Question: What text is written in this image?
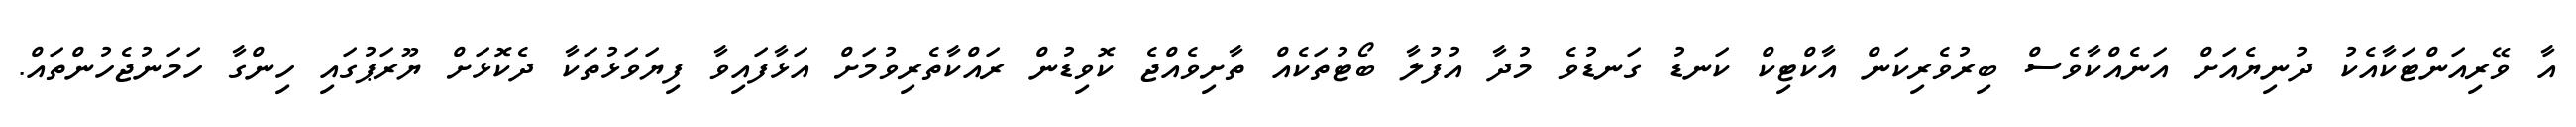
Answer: އާ ވޭރިއަންޓަކާއެކު ދުނިޔެއަށް އަނެއްކާވެސް ބިރުވެރިކަން އާކްޓިކް ކަނޑު ގަނޑުވެ މުދާ އުފުލާ ބޯޓުތަކެއް ތާށިވެއްޖެ ކޮވިޑުން ރައްކާތެރިވުމަށް އަޅާފައިވާ ފިޔަވަޅުތަކާ ދެކޮޅަށް ޔޫރަޕުގައި ހިންގާ ހަމަނުޖެހުންތައް.